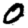
Digit: 0